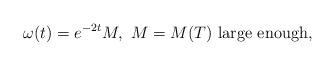
LaTeX: \begin{align*}\omega (t) = e^{-2t}M , \ M = M(T) \ \mbox{large enough},\end{align*}